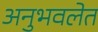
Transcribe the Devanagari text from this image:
अनुभवलेत